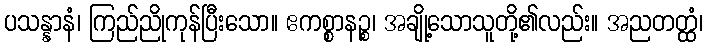
ပသန္နာနံ၊ ကြည်ညိုကုန်ပြီးသော။ ဧကစ္စာနဉ္စ၊ အချို့သောသူတို့၏လည်း။ အညတတ္ထံ၊